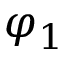
\varphi _ { 1 }